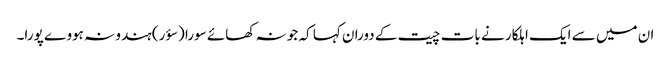
ان میں سے ایک اہلکار نے بات چیت کے دوران کہا کہ جو نہ کھائے سورا (سؤر) ہندو نہ ہووے پورا۔